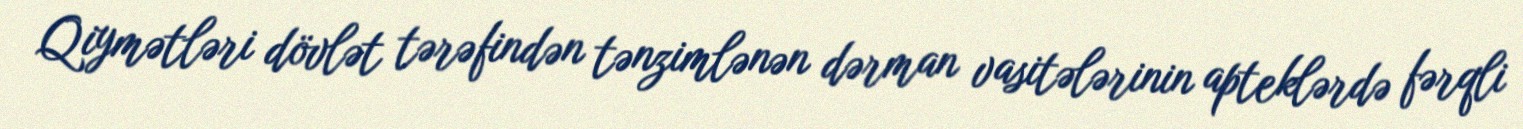
Qiymətləri dövlət tərəfindən tənzimlənən dərman vasitələrinin apteklərdə fərqli